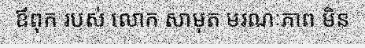
ឪពុក របស់ លោក សាមុត មរណៈភាព មិន